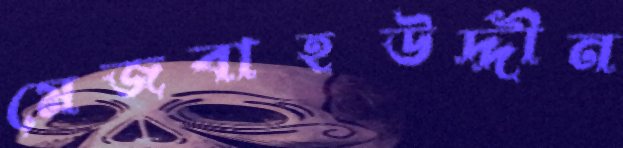
মেজবাহউদ্দীন